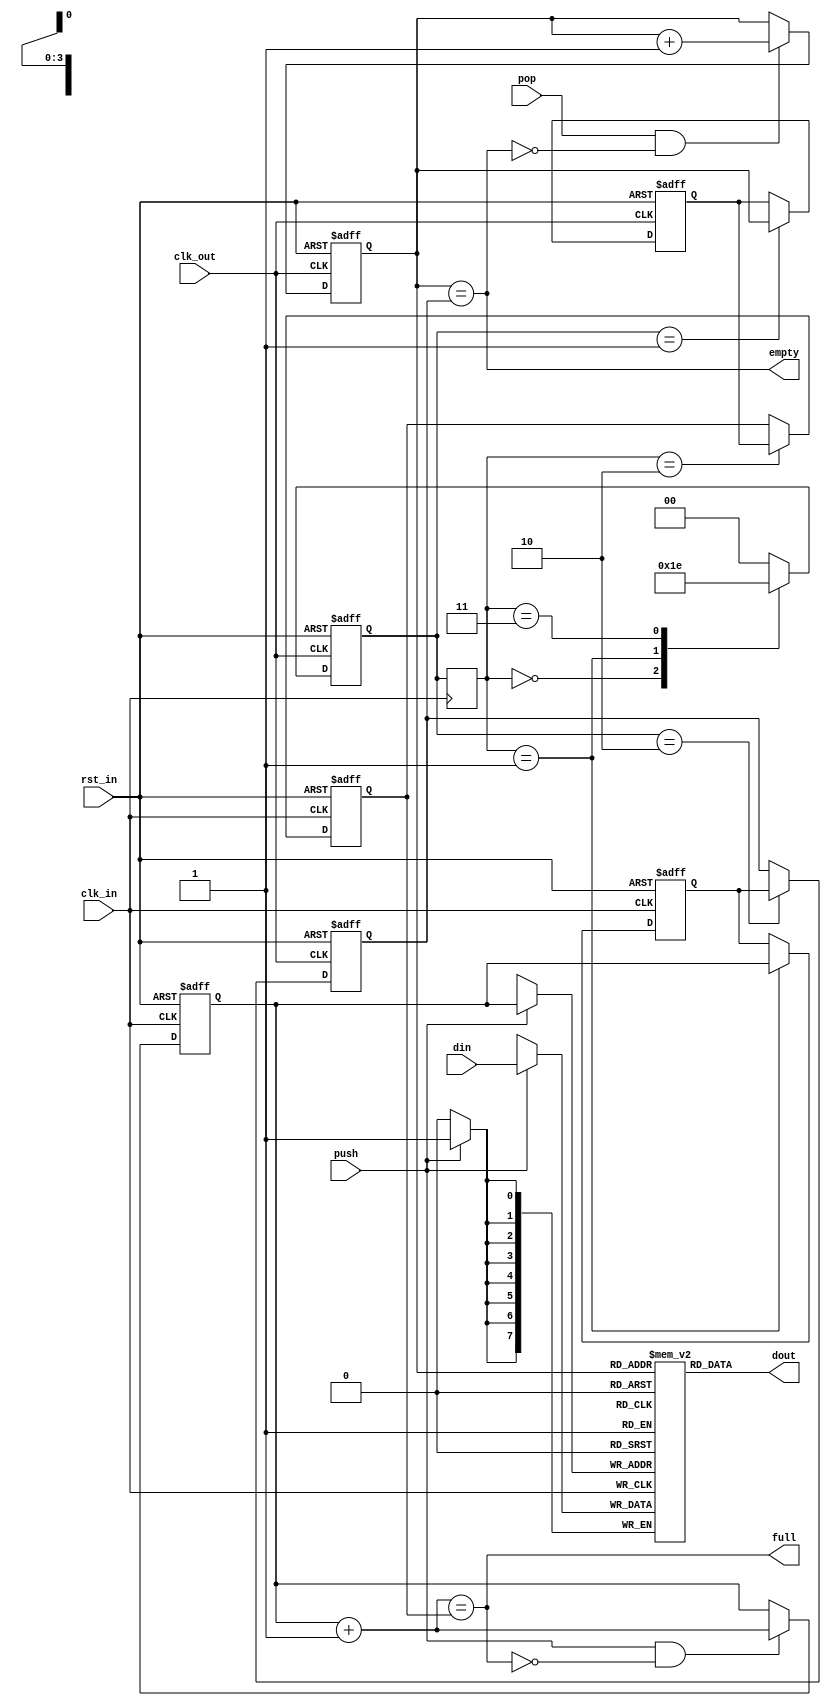
/* SPDX-License-Identifier: MIT */
/* (c) Copyright 2018 David M. Koltak, all rights reserved. */

/*
 * Byte wide asynchronous fifo for use in SPDR module.
 *
 */

module spdr_fifo
(
    input rst_in,
    input clk_in,
    input clk_out,

    input [7:0] din,
    input push,
    output full,

    output [7:0] dout,
    input pop,
    output empty
);

    reg [1:0] cross_in;
    reg [3:0] head_in;
    reg [3:0] head_snapshot;
    reg [3:0] tail_in;

    reg [1:0] cross_out;
    reg [3:0] head_out;
    reg [3:0] tail_out;
    reg [3:0] tail_snapshot;

    always @ (posedge clk_in)
        cross_in <= cross_out;

    always @ (posedge clk_out or posedge rst_in)
        if (rst_in)
            cross_out <= 2'b00;
        else
            case (cross_in)
            2'b00: cross_out <= 2'b01;
            2'b01: cross_out <= 2'b11;
            2'b11: cross_out <= 2'b10;
            default: cross_out <= 2'b00;
            endcase

    wire [3:0] head_in_next = head_in + 4'd1;
    wire fifo_full = (head_in_next == tail_in);

    always @ (posedge clk_in or posedge rst_in)
        if (rst_in)
        begin
            head_in <= 4'd0;
            head_snapshot <= 4'd0;
            tail_in <= 4'd0;
        end
        else
        begin
            if (push && !fifo_full)
                head_in <= head_in_next;

            case (cross_in)
            2'b01: head_snapshot <= head_in;
            2'b10: tail_in <= tail_snapshot;
            endcase
        end

    wire [3:0] tail_out_next = tail_out + 4'd1;
    wire fifo_empty = (tail_out == head_out);

    always @ (posedge clk_out or posedge rst_in)
        if (rst_in)
        begin
            head_out <= 4'd0;
            tail_out <= 4'd0;
            tail_snapshot <= 4'd0;
        end
        else
        begin
            if (pop && !fifo_empty)
                tail_out <= tail_out_next;

            case (cross_out)
            2'b01: tail_snapshot <= tail_out;
            2'b10: head_out <= head_snapshot;
            endcase
        end

    reg [7:0] fifo[15:0];

    always @ (posedge clk_in)
        if (push)
            fifo[head_in] <= din[7:0];

    assign full = fifo_full;
    assign empty = fifo_empty;

    assign dout = fifo[tail_out];

endmodule